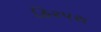
હિરપરા